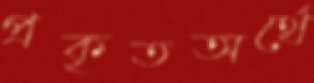
প্রকৃতঅর্থে